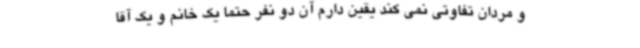
و مردان تفاوتی نمی کند یقین دارم آن دو نفر حتما یک خانم و یک آقا